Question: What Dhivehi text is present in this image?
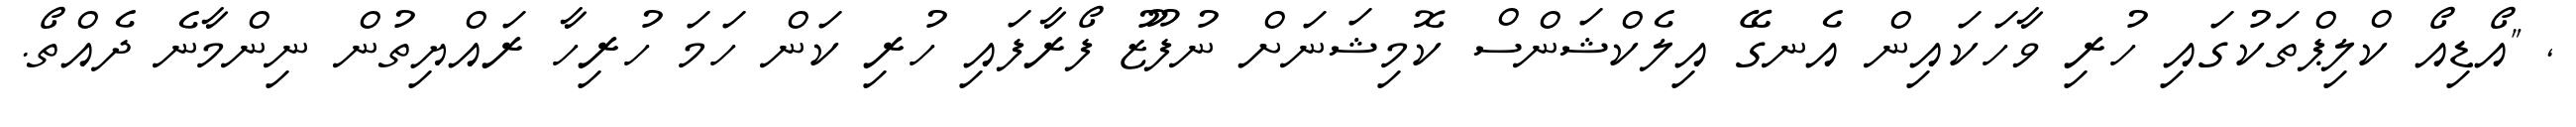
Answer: , "އޯޑިއޯ ކްލިޕްތަކުގައި ހުރި ވާހަކައިން އެނގޭ އިލެކްޝަންސް ކޮމިޝަނަށް ނުފޫޒު ފޯރާފައި ހުރި ކަން ހަމަ ހުރިހާ ރައްޔިތުން ނިންމާނެ ދެއްތޯ.